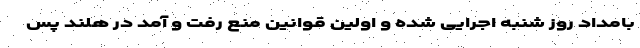
بامداد روز شنبه اجرایی شده و اولین قوانین منع رفت و آمد در هلند پس